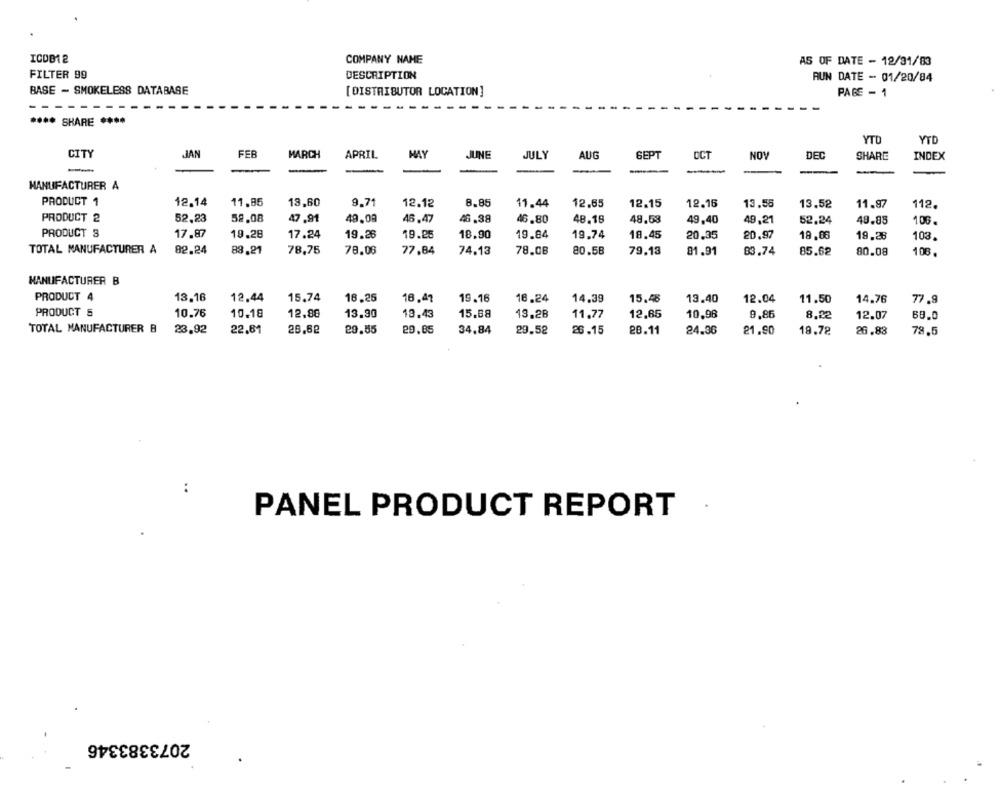
ICDB12
COMPANY NAME
AS OF DATE - 12/31/83
FILTER 99
DESCRIPTION
AUN DATE - 01/20/84
BASE - SMOKELESS DATABASE
[ DISTRIBUTOR LOCATION]
PAGE - 1
------
SHARE ****
YTD
YTD
CITY
JAN
FEB
MARCH
APRIL
MAY
JUNE
JULY
AUG
SEPT
OCT
NOV
DEC
SHARE
INDEX
MANUFACTURER A
PRODUCT 1
12.14
11.85
18,60
9.71
12.12
8.85
11.44
12.65
12.15
12.16
13,55
13.52
11,97
112.
PRODUCT 2
52,23
52,08
47.91
49,08
48.47
46.38
46.80
48.19
48.58
49,40
49,21
52.24
49.85
106.
PRODUCT 3
17.87
19.28
17.24
19.26
19.25
18.90
19.84
19.74
18.45
20.35
20.97
18.08
19.28
103.
TOTAL MANUFACTURER A
82.24
83.21
78,75
78.06
77.84
74.13
78.08
80.58
79.13
81.91
83.74
85.62
80.08
108
MANUFACTURER B
PRODUCT 4
13.16
12,44
15.74
16.25
18.41
19.16
18.24
14.39
15.48
13.40
12.04
11.50
14.76
77.9
PRODUCT 5
10.76
10.18
12.88
13.30
13.43
15.68
13.28
11,77
12,65
10.96
9,86
8.22
12.07
69.0
TOTAL MANUFACTURER B
23.92
22.81
28,62
29.55
29.85
34,84
29.52
26 .15
28.11
24.36
21.90
19.72
26.83
78.5
:
PANEL PRODUCT REPORT
2073383346